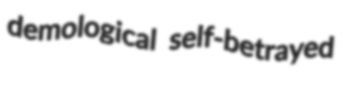
demological self-betrayed